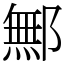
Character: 鄦